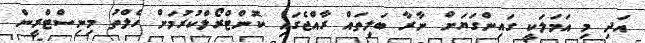
އަދި މި އަމަލަކީ ގައިންގަޔަށް ނާރާ ބަލިތައް ރާއްޖެގައި ކޮންޓްރޯލްކުރުމަށް ހެލްތު މިނިސްޓްރީން